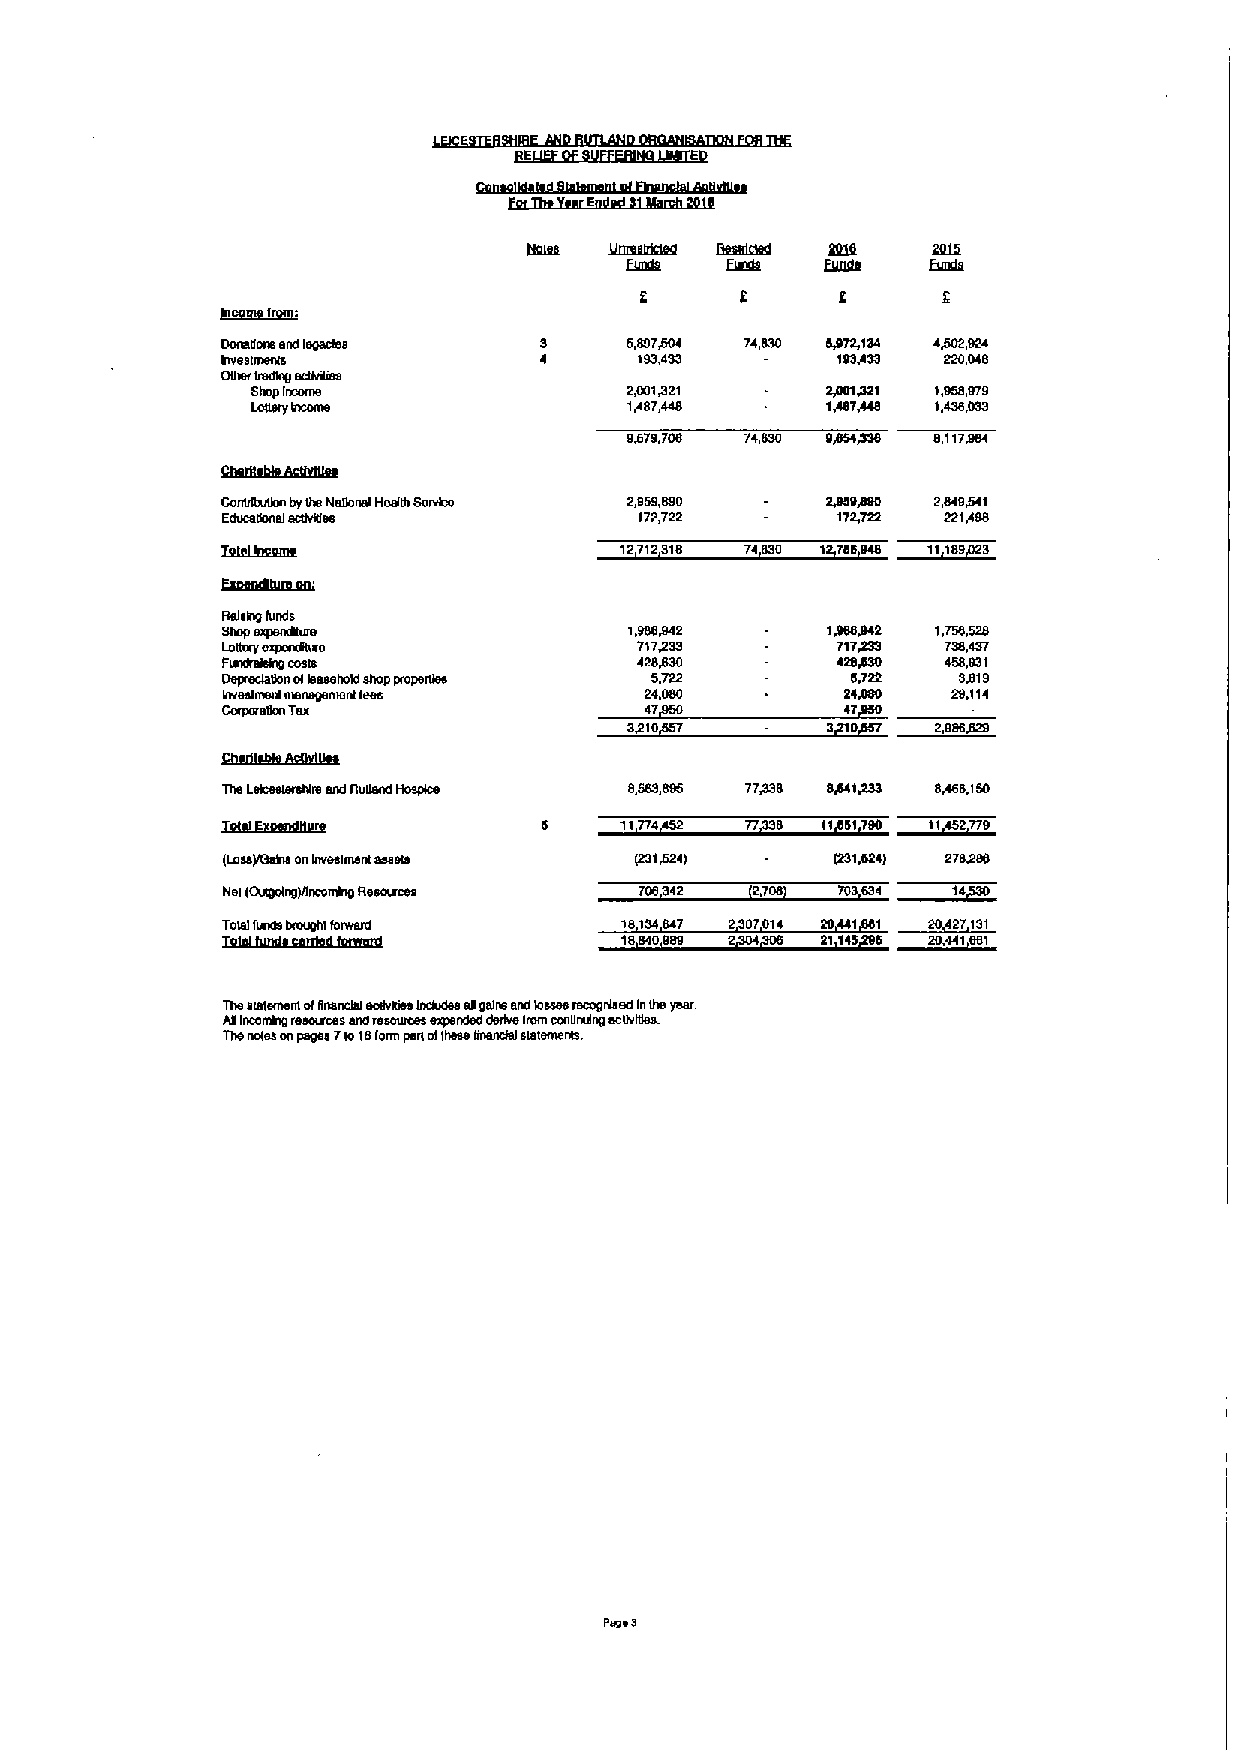
DAABIICA!AAdIBQecbls      5,897004 74,030 !(972,134 4002,024
 btVBBIIABAIB               183,433      Ifulrl33 220,040
 Other badlng ectknbM
 ShopIMcrne              2,001021      SV001QSI 1,058,079
 Loltwy Income            I/07,440     IRSTH40 1,4SB,OS3
 9679,700 74,5M gr64430 S,tI7)tas
 COAUQUQM bytheNational Health Servfm 2,059,090 20007100 2,040041
 2dUCelkm BIMt)VS88         172,722      172,722 221408
 ~                       12712310 74030
 Ret~Ingfunds
 Shop                       1,000jl42    1))NJMQ 1,750,528
 L~omuynsvpenr5MS           717SS3       717233  730,437
 FatdratskQ costs           4202I30      ~202130 450,031
 olleasehold shop properUee 5,722     0,722  3)I)0
 IAVBBIAIBAIIAAIIBQBIIA!Alfr!88 24,000    NSSS   28,114
 Corpore5on Tas              47           47
 3010         3 0    2,0867120
 L~m
 Ths    AAd RUIIBNIHosPRB   8,589,095 77030 0)AIISSS SH00,150
 IQIIEQSQIQSQIQSI          11774   77 0
 gJVBB)f(hlhs orlIrtvlrslrrtsnf Aestrle (231024) (231,024) 270QN
 Hel (Outgoing)llnconSrg Reemeces 706342 2,700
 TotalfUnds brought fOAVBIO ISIS4047 2 0701~
 IQIS(QQ)QQQS(()2(L((52(IQQ 10MO089 2
 TheIrlalmherrl ofIIABACIBIAmtVABB IhCkukm 80Qsllm Birdlosers IACOgrtlsed IhIhspull
 ABIAChrhmQ IBMrucss BAtlrSMVUCBB BspBAded dtrlknt frorrr CCAllhUIng ACIIVSBB.
 Thenotes onpages 7lo10form perl oflhasa tmendal sletemenm.